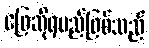
ဖြေဆိုရမည်ဖြစ်သည်